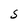
Character: S